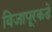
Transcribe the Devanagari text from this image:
विजापूरकडे